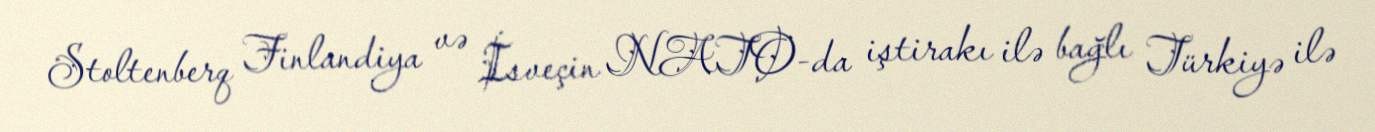
Stoltenberq Finlandiya və İsveçin NATO-da iştirakı ilə bağlı Türkiyə ilə